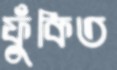
ফুঁকিত